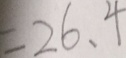
= 2 6 . 4